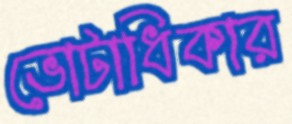
ভোটাধিকার